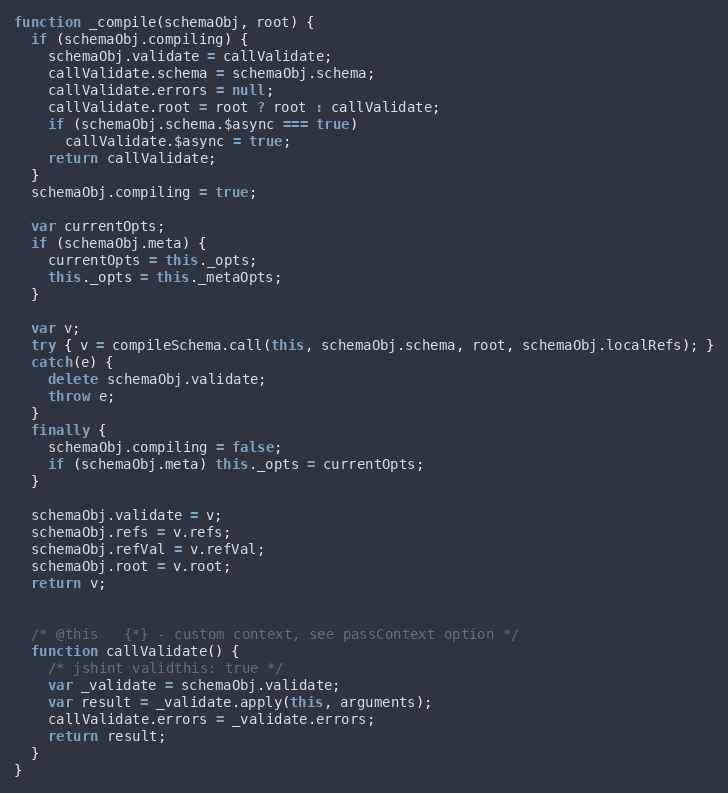
Language: JavaScript
function _compile(schemaObj, root) {
  if (schemaObj.compiling) {
    schemaObj.validate = callValidate;
    callValidate.schema = schemaObj.schema;
    callValidate.errors = null;
    callValidate.root = root ? root : callValidate;
    if (schemaObj.schema.$async === true)
      callValidate.$async = true;
    return callValidate;
  }
  schemaObj.compiling = true;

  var currentOpts;
  if (schemaObj.meta) {
    currentOpts = this._opts;
    this._opts = this._metaOpts;
  }

  var v;
  try { v = compileSchema.call(this, schemaObj.schema, root, schemaObj.localRefs); }
  catch(e) {
    delete schemaObj.validate;
    throw e;
  }
  finally {
    schemaObj.compiling = false;
    if (schemaObj.meta) this._opts = currentOpts;
  }

  schemaObj.validate = v;
  schemaObj.refs = v.refs;
  schemaObj.refVal = v.refVal;
  schemaObj.root = v.root;
  return v;

  /* @this   {*} - custom context, see passContext option */
  function callValidate() {
    /* jshint validthis: true */
    var _validate = schemaObj.validate;
    var result = _validate.apply(this, arguments);
    callValidate.errors = _validate.errors;
    return result;
  }
}